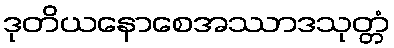
ဒုတိယနောစေအဿာဒသုတ္တံ